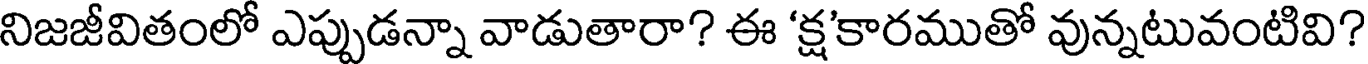
నిజజీవితంలో ఎప్పుడన్నా వాడుతారా? ఈ 'క్ష'కారముతో వున్నటువంటివి?